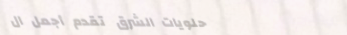
حلويات الشرق تقدم أجمل ال